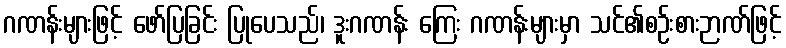
ဂဏန်းများဖြင့် ဖော်ပြခြင်း ပြုပေသည်၊ ဒူးဂဏန်း ကြေး ဂဏန်းများမှာ သင်၏စဉ်းစားဉာဏ်ဖြင့်